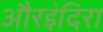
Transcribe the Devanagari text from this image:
औरइंदिरा